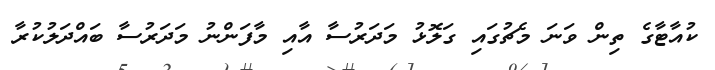
ކުއާޓާގެ ތިން ވަނަ މެޗުގައި ގަލޮޅު މަދަރުސާ އާއި މާފަންނު މަދަރުސާ ބައްދަލުކުރާ